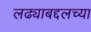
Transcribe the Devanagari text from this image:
लढ्याबद्दलच्या